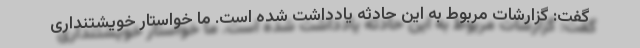
گفت: گزارشات مربوط به این حادثه یادداشت شده است. ما خواستار خویشتنداری